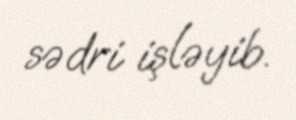
sədri işləyib.